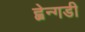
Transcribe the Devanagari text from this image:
ह्वेन्गडी